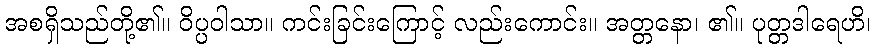
အစရှိသည်တို့၏။ ဝိပ္ပဝါသာ။ ကင်းခြင်းကြောင့် လည်းကောင်း။ အတ္တနော၊ ၏။ ပုတ္တဒါရေဟိ၊